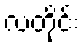
လတိုင်း